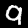
Label: 9